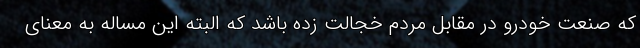
که صنعت خودرو در مقابل مردم خجالت زده باشد که البته این مساله به معنای